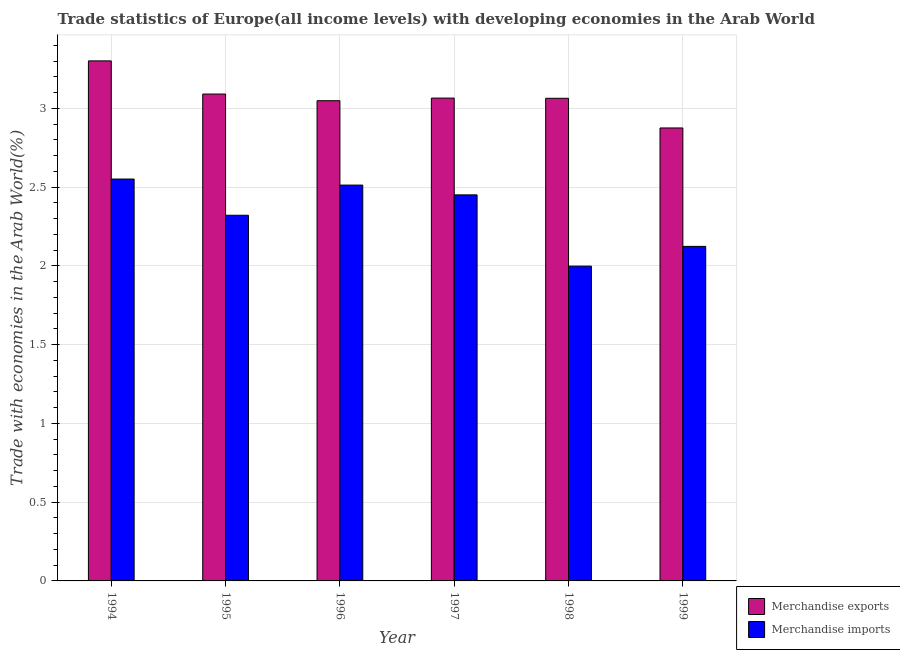
| Year | Merchandise exports | Merchandise imports |
 | --- | --- | --- |
 | 1994 | 3.3 | 2.55 |
 | 1995 | 3.09 | 2.32 |
 | 1996 | 3.05 | 2.51 |
 | 1997 | 3.07 | 2.45 |
 | 1998 | 3.06 | 2 |
 | 1999 | 2.88 | 2.12 |